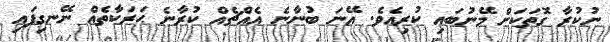
ނުކުރާ ގޮތަކަށް މޭނުބައި ކުރިއެވެ. އޭނަ ބުނާނެ އެއްޗެއް ކުރާނެ ޙަރަކާތެއް ނޭނގިފައި